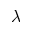
\lambda